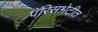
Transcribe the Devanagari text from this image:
पॅरिसभेटीत